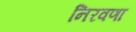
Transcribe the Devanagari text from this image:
निरवणा